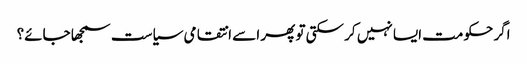
اگر حکومت ایسا نہیں کر سکتی تو پھر اسے انتقامی سیاست سمجھا جائے؟